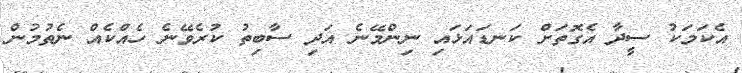
އެކަމަކު ސީދާ އެގޮތަށް ކަނޑައަޅައި ނިންމޭނެ އަދި ސާބިތު ކުރެވޭނެ ހެއްކެއް ނެތުމުން